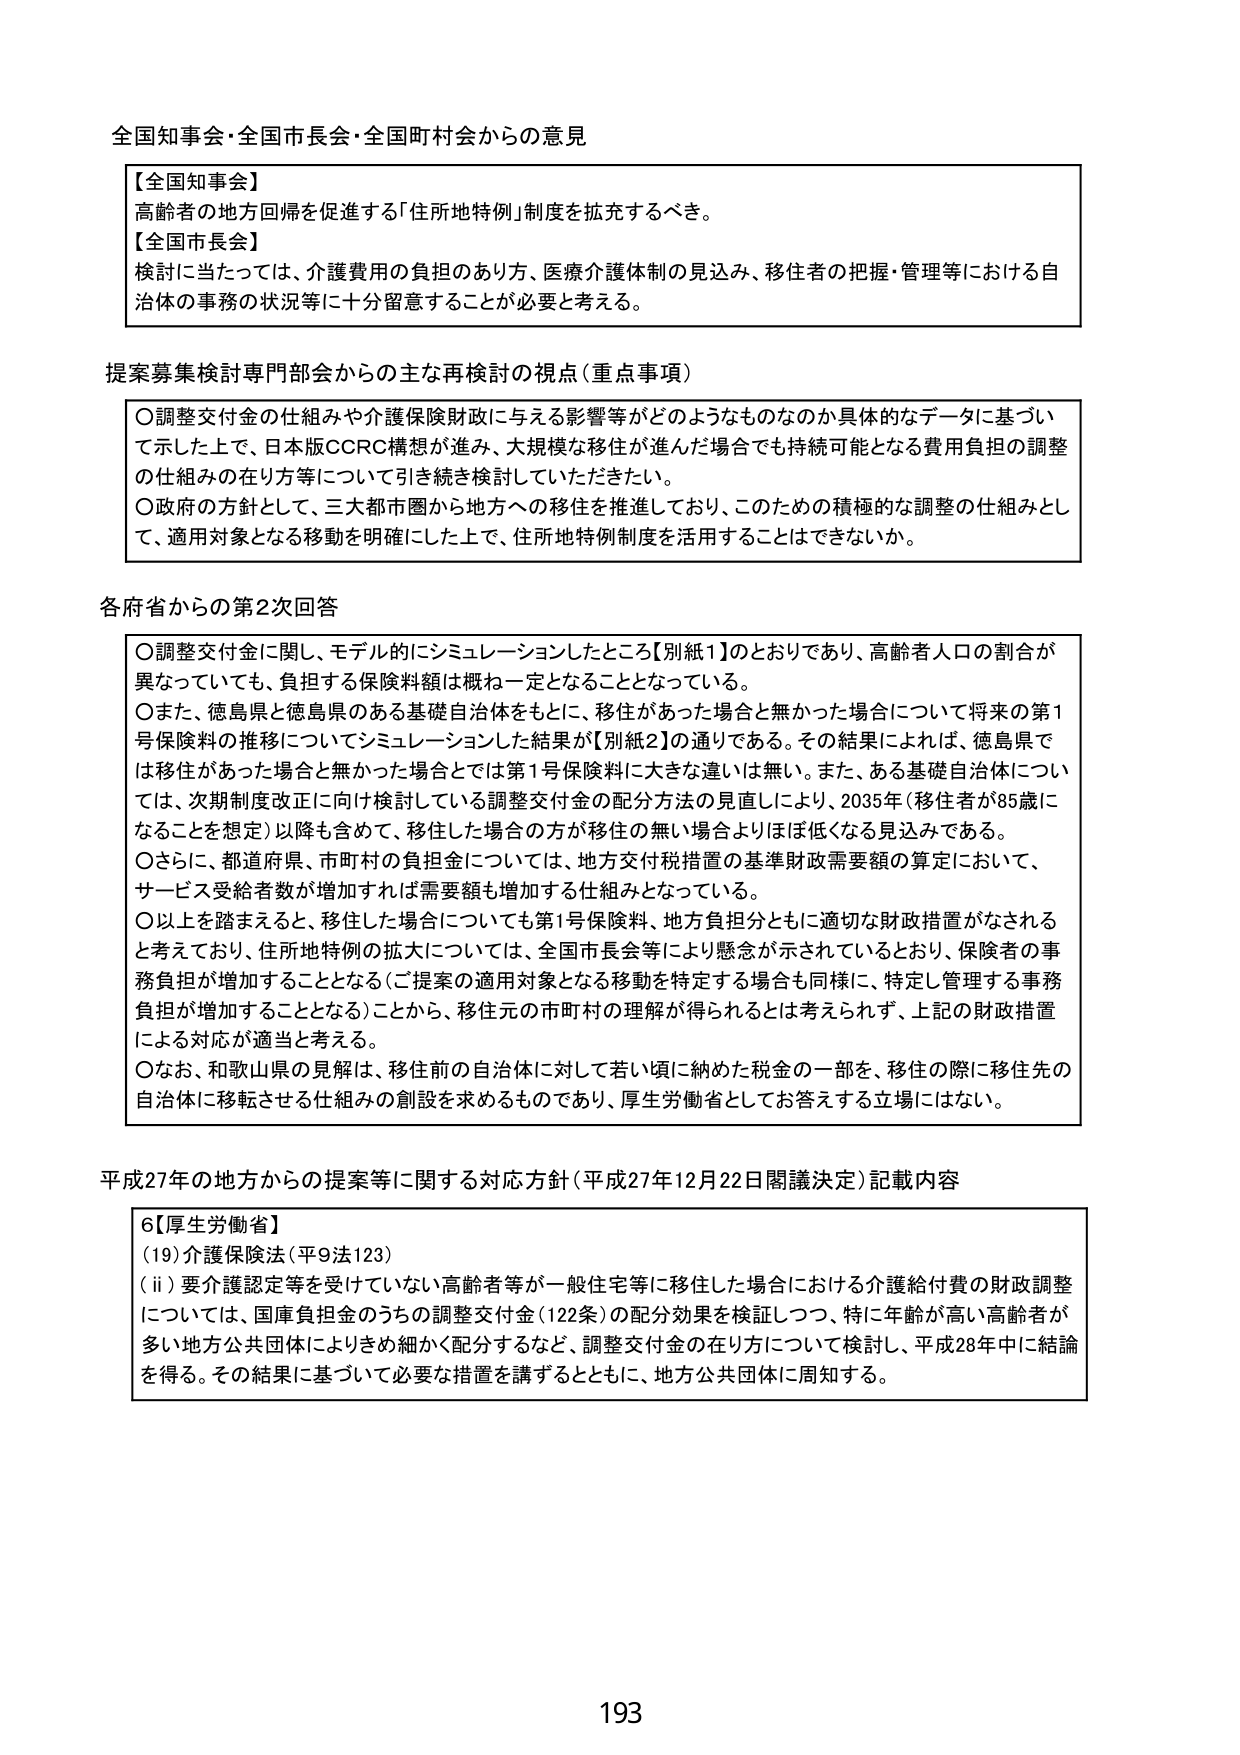
全国知事会・全国市長会・全国町村会からの意見

【全国知事会】
高齢者の地方回帰を促進する「住所地特例」制度を拡充するべき。

【全国市長会】
検討に当たっては、介護費用の負担のあり方、医療介護体制の見込み、移住者の把握・管理等における自治体の事務の状況等に十分留意することが必要と考える。

提案募集検討専門部会からの主な再検討の視点（重点事項）

○調整交付金の仕組みや介護保険財政に与える影響等がどのようなものなのか具体的なデータに基づいて示した上で、日本版CCRC構想が進み、大規模な移住が進んだ場合でも持続可能となる費用負担の調整の仕組みの在り方等について引き続き検討していただきたい。

○政府の方針として、三大都市圏から地方への移住を推進しており、このための積極的な調整の仕組みとして、適用対象となる移動を明確にした上で、住所地特例制度を活用することはできないか。

各府省からの第2次回答

○調整交付金に関し、モデル的にシミュレーションしたところ【別紙1】のとおりであり、高齢者人口の割合が異なっていても、負担する保険料額は概ね一定となることとなっている。

○また、徳島県と徳島県のある基礎自治体をもとに、移住があった場合と無かった場合について将来の第1号保険料の推移についてシミュレーションした結果が【別紙2】の通りである。その結果によれば、徳島県では移住があった場合と無かった場合とでは第1号保険料に大きな違いは無い。また、ある基礎自治体については、次期制度改正に向け検討している調整交付金の配分方法の見直しにより、2035年（移住者が85歳になることを想定）以降も含めて、移住した場合の方が移住の無い場合よりほぼ低くなる見込みである。

○さらに、都道府県・市町村の負担金については、地方交付税措置の基準財政需要額の算定において、サービス受給者数が増加すれば需要額も増加する仕組みとなっている。

○以上を踏まえると、移住した場合についても第1号保険料、地方負担分ともに適切な財政措置がなされると考えており、住所地特例の拡大については、全国市長会等により懸念が示されているとおり、保険者の事務負担が増加することとなる（ご提案の適用対象となる移動を特定する場合も同様に、特定し管理する事務負担が増加することとなる）ことから、移住元の市町村の理解が得られるとは考えられず、上記の財政措置による対応が適当と考える。

○なお、和歌山県の見解は、移住前の自治体に対して若し頃に納めた税金の一部を、移住の際に移住先の自治体に移転させる仕組みの創設を求めるものであり、厚生労働省としてお答えする立場にはない。

平成27年の地方からの提案等に関する対応方針（平成27年12月22日閣議決定）記載内容

6【厚生労働省】
（19）介護保険法（平9法123）
（ii）要介護認定等を受けていない高齢者等が一般住宅等に移住した場合における介護給付費の財政調整については、国庫負担金のうちの調整交付金（122条）の配分効果を検証しつつ、特に年齢が高い高齢者が多い地方公共団体によりきめ細かく配分するなど、調整交付金の在り方について検討し、平成28年中に結論を得る。その結果に基づいて必要な措置を講ずるとともに、地方公共団体に周知する。

193